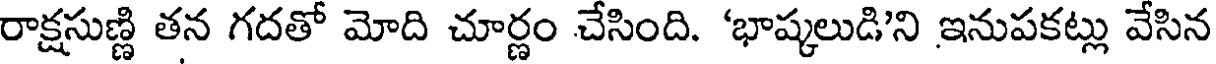
రాక్షసుణ్ణి తన గదతో మోది చూర్ణం చేసింది. 'భాష్కలుడి'ని ఇనుపకట్లు వేసిన